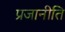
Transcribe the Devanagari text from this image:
प्रजानीति